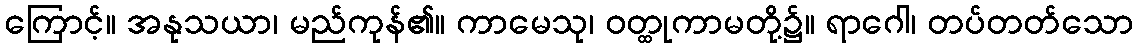
ကြောင့်။ အနုသယာ၊ မည်ကုန်၏။ ကာမေသု၊ ဝတ္ထုကာမတို့၌။ ရာဂေါ၊ တပ်တတ်သော